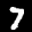
Label: 7